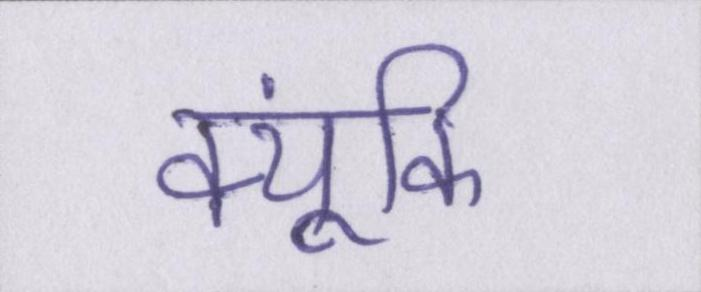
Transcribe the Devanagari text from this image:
क्यूंकि